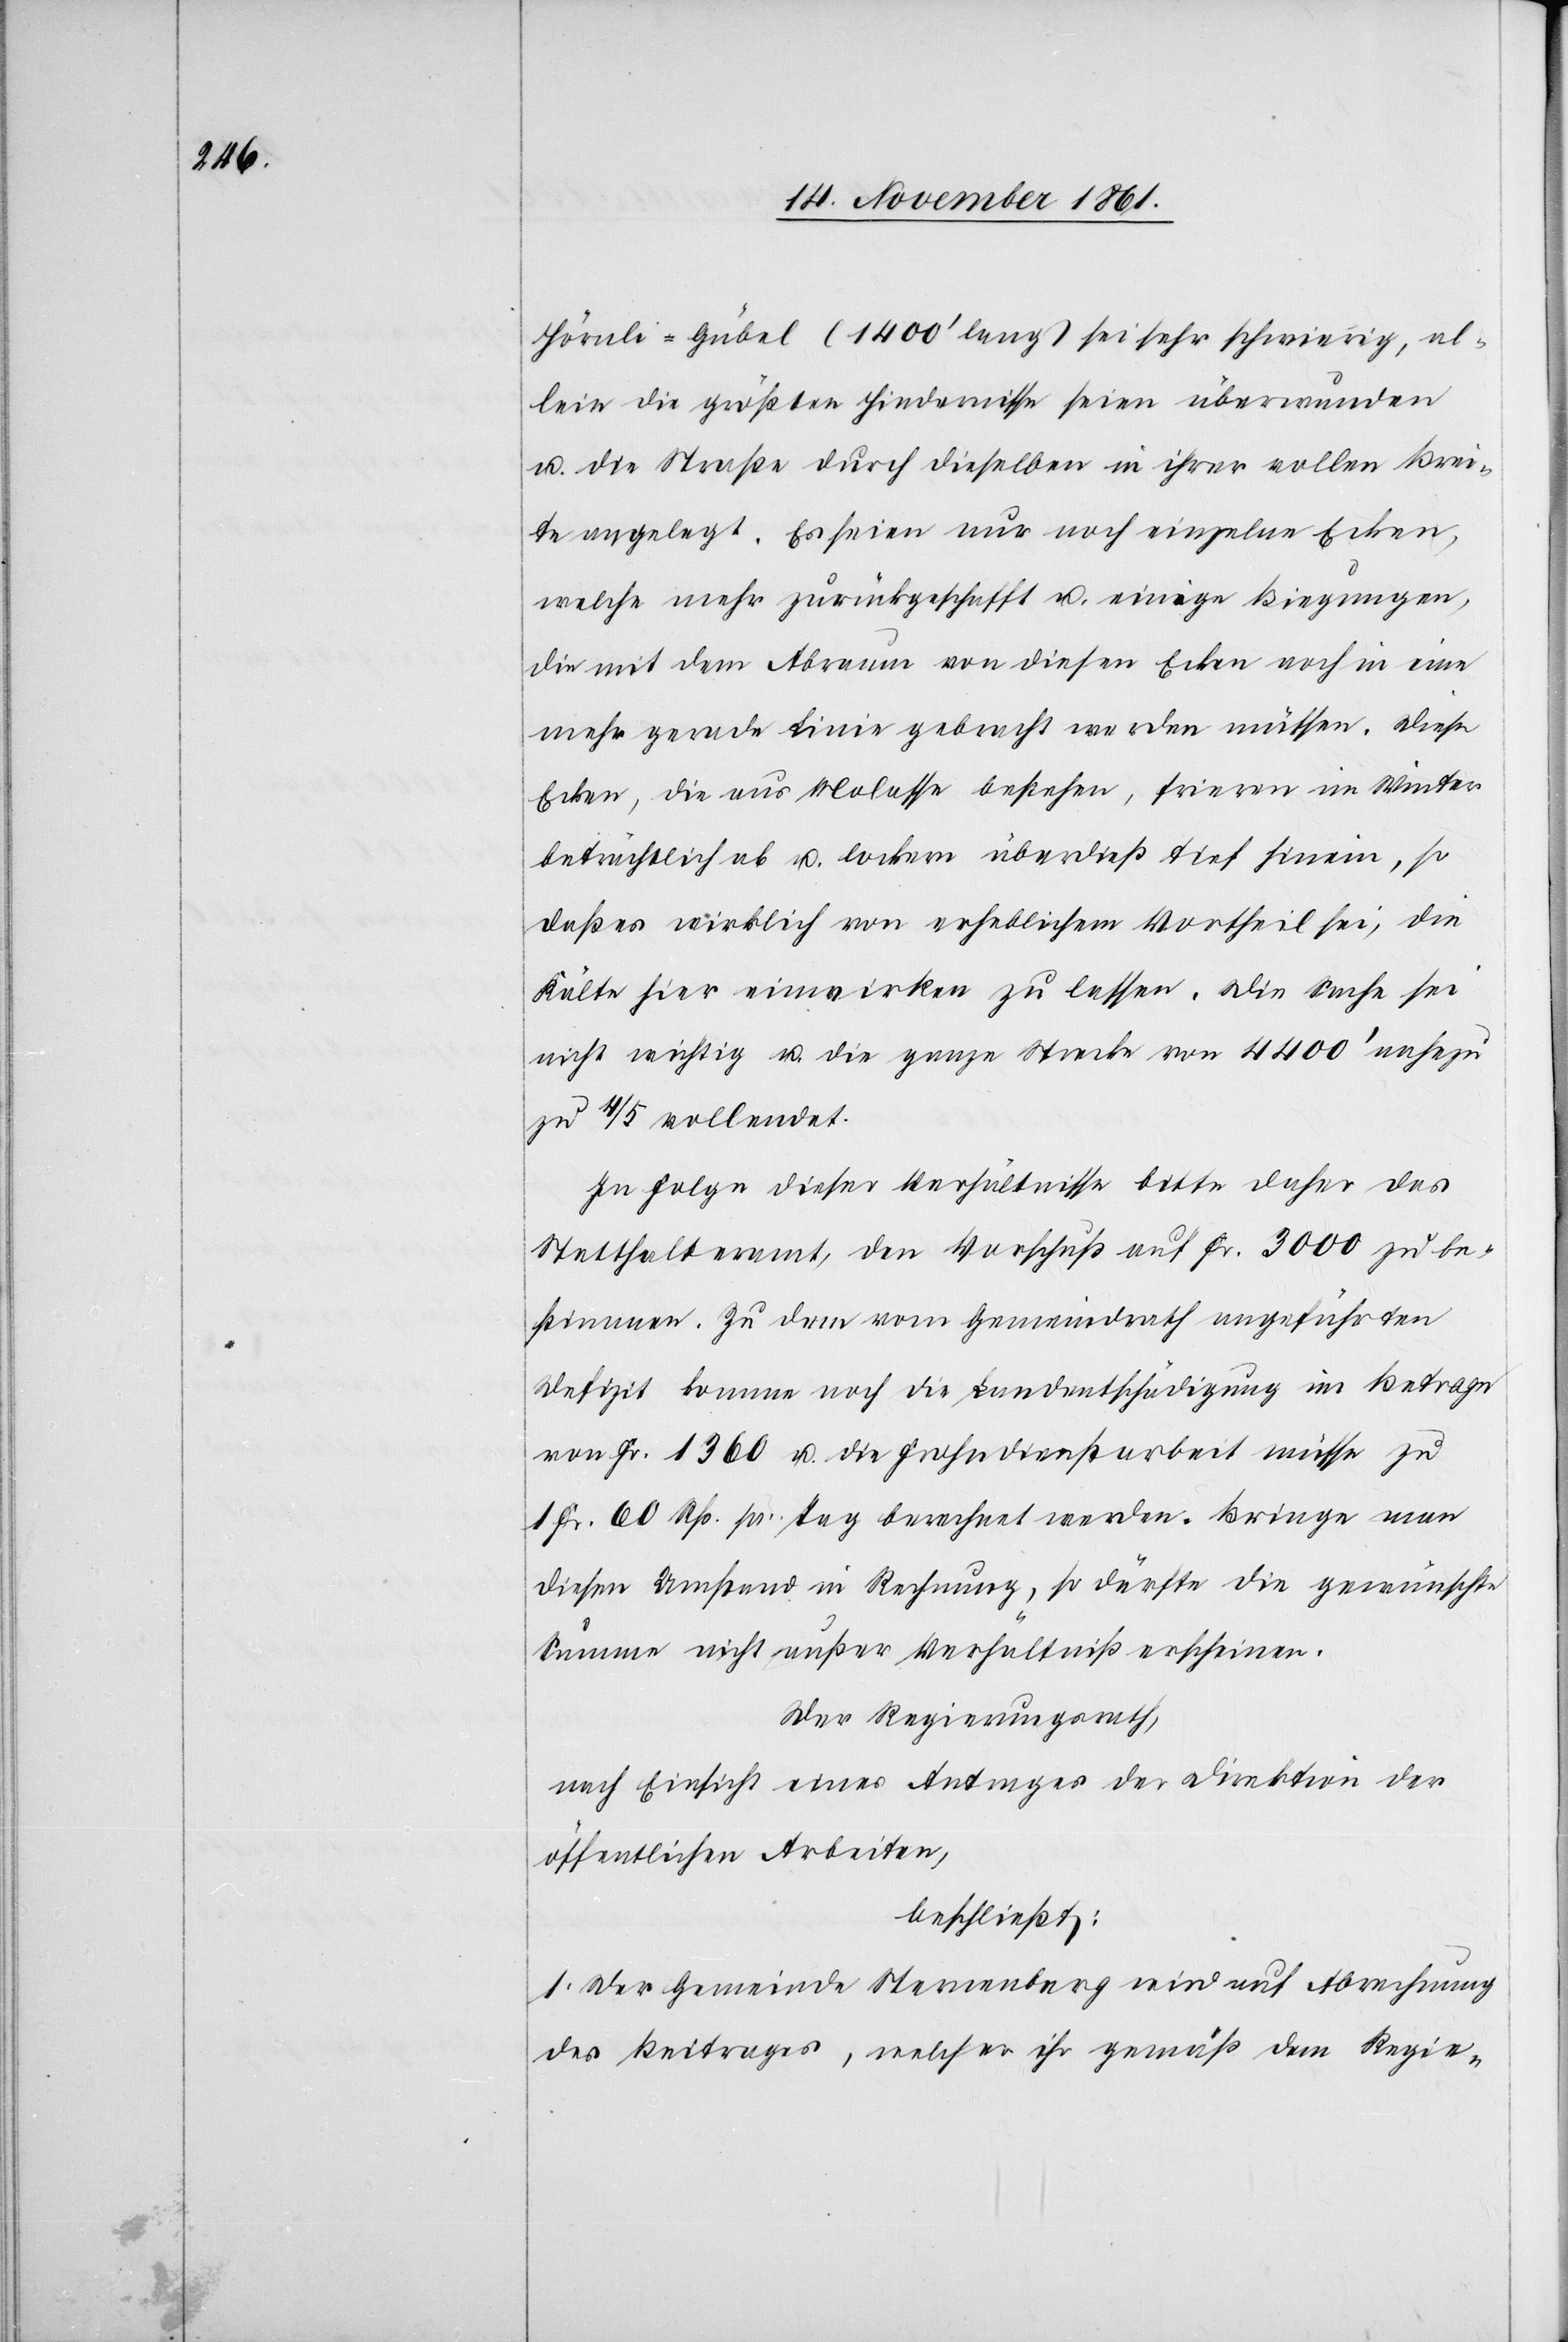
Hörnli-Gübel (1400’ lang) sei sehr schwierig, al¬
lein die größten Hindernisse seien überwunden
u. die Straße durch dieselben in ihrer vollen Brei¬
te angelegt. Es seien nur noch einzelne Ecken,
welche mehr zurückgeschafft u. einige Biegungen,
die mit dem Abraum von diesen Ecken noch in eine
mehr gerade Linie gebracht werden müssen. Diese
Ecken, die aus Molasse bestehen, frieren im Winter
beträchtlich ab u. lockern überdieß tief hinein, so
daß es wirklich von erheblichem Vortheil sei, die
Kälte hier einwirken zu lassen. Die Sache sei
nicht wichtig u. die ganze Strecke von 4400’ nahezu
zu 4/5 vollendet.
In Folge dieser Verhältnisse bitte daher das
Statthalteramt, den Vorschuß auf Fr. 3000 zu be¬
stimmen. Zu dem vom Gemeindrathe angeführten
Defizit komme noch die Landentschädigung im Betrage
von Fr 1360 u. die Frohndienstarbeit müsse zu
1 Fr. 60 Rp. pr. Tag berechnet werden. Bringe man
diesen Umstand in Rechnung, so dürfte die gewünschte
Summe nicht außer Verhältniß erscheinen.
Der Regierungsrath,
nach Einsicht eines Antrages der Direktion der
öffentlichen Arbeiten,
beschließt:
1. Der Gemeinde Sternenberg wird auf Abrechnung
des Beitrages, welcher ihr gemäß dem Regie-